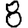
Digit: 8